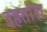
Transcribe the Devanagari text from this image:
दहतोरा